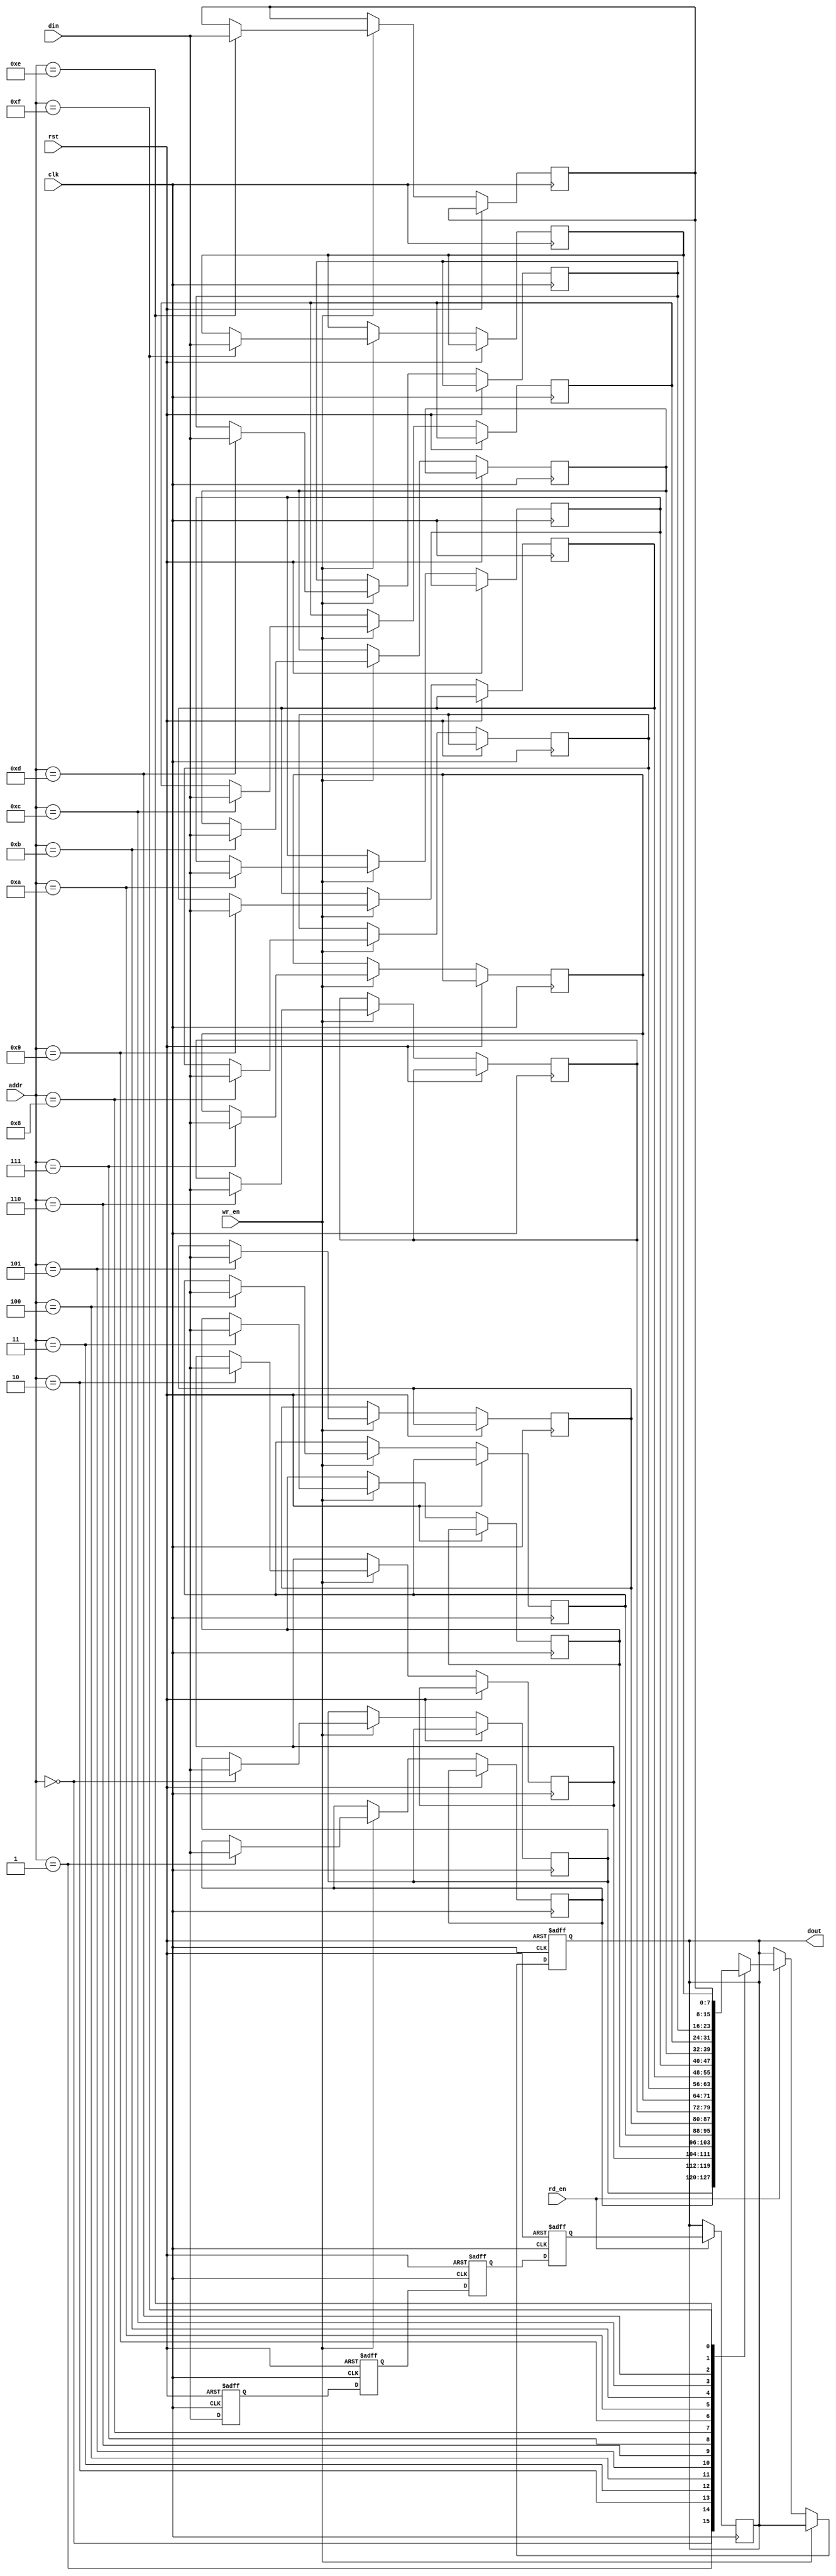
module MemoryBlock #(
    parameter ADDR_WIDTH = 4,
    parameter DATA_WIDTH = 8,
    parameter DELAY_STAGES = 4
)(
    input  wire clk,
    input  wire rst,
    input  wire wr_en,                  // Write enable
    input  wire rd_en,                  // Read enable
    input  wire [ADDR_WIDTH-1:0] addr,  // Address
    input  wire [DATA_WIDTH-1:0] din,   // Data input
    output reg [DATA_WIDTH-1:0] dout    // Data output
);

    // Memory array
    reg [DATA_WIDTH-1:0] mem [(2**ADDR_WIDTH)-1:0];

    // Safe delay line (simple implementation using flip-flops)
    reg [DATA_WIDTH-1:0] delay_line [DELAY_STAGES-1:0];

    // Control logic for writing data
    always @(posedge clk or posedge rst) begin
        if (rst) begin
            dout <= {DATA_WIDTH{1'b0}};
        end else if (wr_en) begin
            mem[addr] <= din; // Write data to memory
        end else if (rd_en) begin
            dout <= mem[addr]; // Read data from memory
        end
    end

    // Safe delay line implementation
    integer i;
    always @(posedge clk or posedge rst) begin
        if (rst) begin
            for (i = 0; i < DELAY_STAGES; i = i + 1) begin
                delay_line[i] <= {DATA_WIDTH{1'b0}};
            end
        end else begin
            // Shift data through the delay line
            delay_line[0] <= din; // Input data into first stage
            for (i = 1; i < DELAY_STAGES; i = i + 1) begin
                delay_line[i] <= delay_line[i-1]; // Shift data through stages
            end
        end
    end

    // Output data through the delay line
    always @(posedge clk) begin
        if (rd_en) begin
            dout <= delay_line[DELAY_STAGES-1]; // Output data from the last stage
        end
    end

endmodule